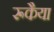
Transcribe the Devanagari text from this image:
रूकैया